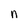
Character: n